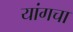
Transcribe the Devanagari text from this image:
यांगचा